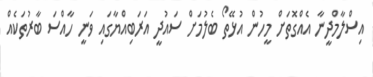
އިސްލާމްދީނާ އެއްގޮތަށް މީހުން އުޅޭތޯ ބެލުމަށް ސައުދީ އަރަބިއްޔާގައި ވަނީ ހާއްސަ ބާރުތަކެއް